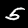
Label: 5